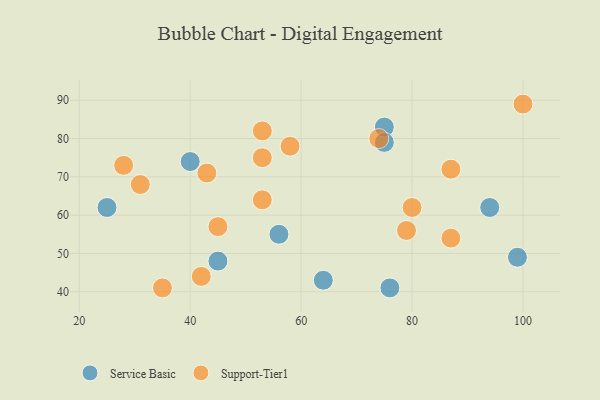
{"axis": {"x": "GDP", "y": "Life Expectancy"}, "legend": ["Service Basic", "Support-Tier1"], "data": [{"x": "56", "y": 55, "type": "Service Basic"}, {"x": "99", "y": 49, "type": "Service Basic"}, {"x": "45", "y": 48, "type": "Service Basic"}, {"x": "75", "y": 83, "type": "Service Basic"}, {"x": "64", "y": 43, "type": "Service Basic"}, {"x": "25", "y": 62, "type": "Service Basic"}, {"x": "75", "y": 79, "type": "Service Basic"}, {"x": "76", "y": 41, "type": "Service Basic"}, {"x": "94", "y": 62, "type": "Service Basic"}, {"x": "40", "y": 74, "type": "Service Basic"}, {"x": "42", "y": 44, "type": "Support-Tier1"}, {"x": "28", "y": 73, "type": "Support-Tier1"}, {"x": "87", "y": 72, "type": "Support-Tier1"}, {"x": "87", "y": 54, "type": "Support-Tier1"}, {"x": "35", "y": 41, "type": "Support-Tier1"}, {"x": "43", "y": 71, "type": "Support-Tier1"}, {"x": "53", "y": 64, "type": "Support-Tier1"}, {"x": "53", "y": 82, "type": "Support-Tier1"}, {"x": "100", "y": 89, "type": "Support-Tier1"}, {"x": "45", "y": 57, "type": "Support-Tier1"}, {"x": "58", "y": 78, "type": "Support-Tier1"}, {"x": "53", "y": 75, "type": "Support-Tier1"}, {"x": "79", "y": 56, "type": "Support-Tier1"}, {"x": "74", "y": 80, "type": "Support-Tier1"}, {"x": "31", "y": 68, "type": "Support-Tier1"}, {"x": "80", "y": 62, "type": "Support-Tier1"}]}